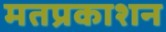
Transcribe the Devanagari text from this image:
मतप्रकाशन